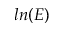
l n ( E )